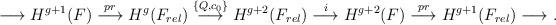
LaTeX: \begin{align*} \longrightarrow H^{g+1}(F) \stackrel{pr}{\longrightarrow} H^g(F_{rel}) \stackrel{\{Q,c_0\}} {\longrightarrow} H^{g+2}(F_{rel}) \stackrel{i}\longrightarrow H^{g+2}(F) \stackrel{pr}{\longrightarrow} H^{g+1}(F_{rel}) \longrightarrow.\end{align*}